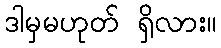
ဒါမှမဟုတ် ရှိလား။